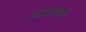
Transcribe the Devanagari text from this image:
आदमणे